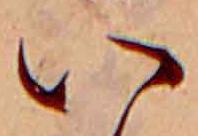
い